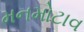
મનમોટાવ